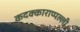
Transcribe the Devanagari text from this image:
कदक्काराप्पल्ली